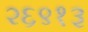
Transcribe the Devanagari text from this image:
२६९१३